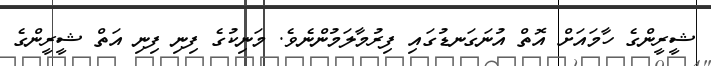
ޝީރީންގެ ހާމައަށް އޮތް އުނަގަނޑުގައި ފިރުމާލަމުންނެވެ. މަނިކުގެ ފިނި ފިނި އަތް ޝީރީންގެ